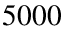
5 0 0 0